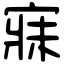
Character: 寐